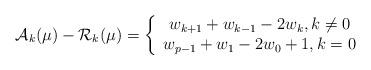
LaTeX: \begin{align*}\mathcal{A}_k(\mu)-\mathcal{R}_k(\mu)=\left\{\begin{array}{c}w_{k+1}+w_{k-1}-2w_{k}, k\neq 0\\w_{p-1}+w_{1}-2w_{0}+1, k=0\end{array}\right.\end{align*}